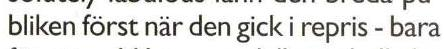
bliken först när den gick i repris -bara